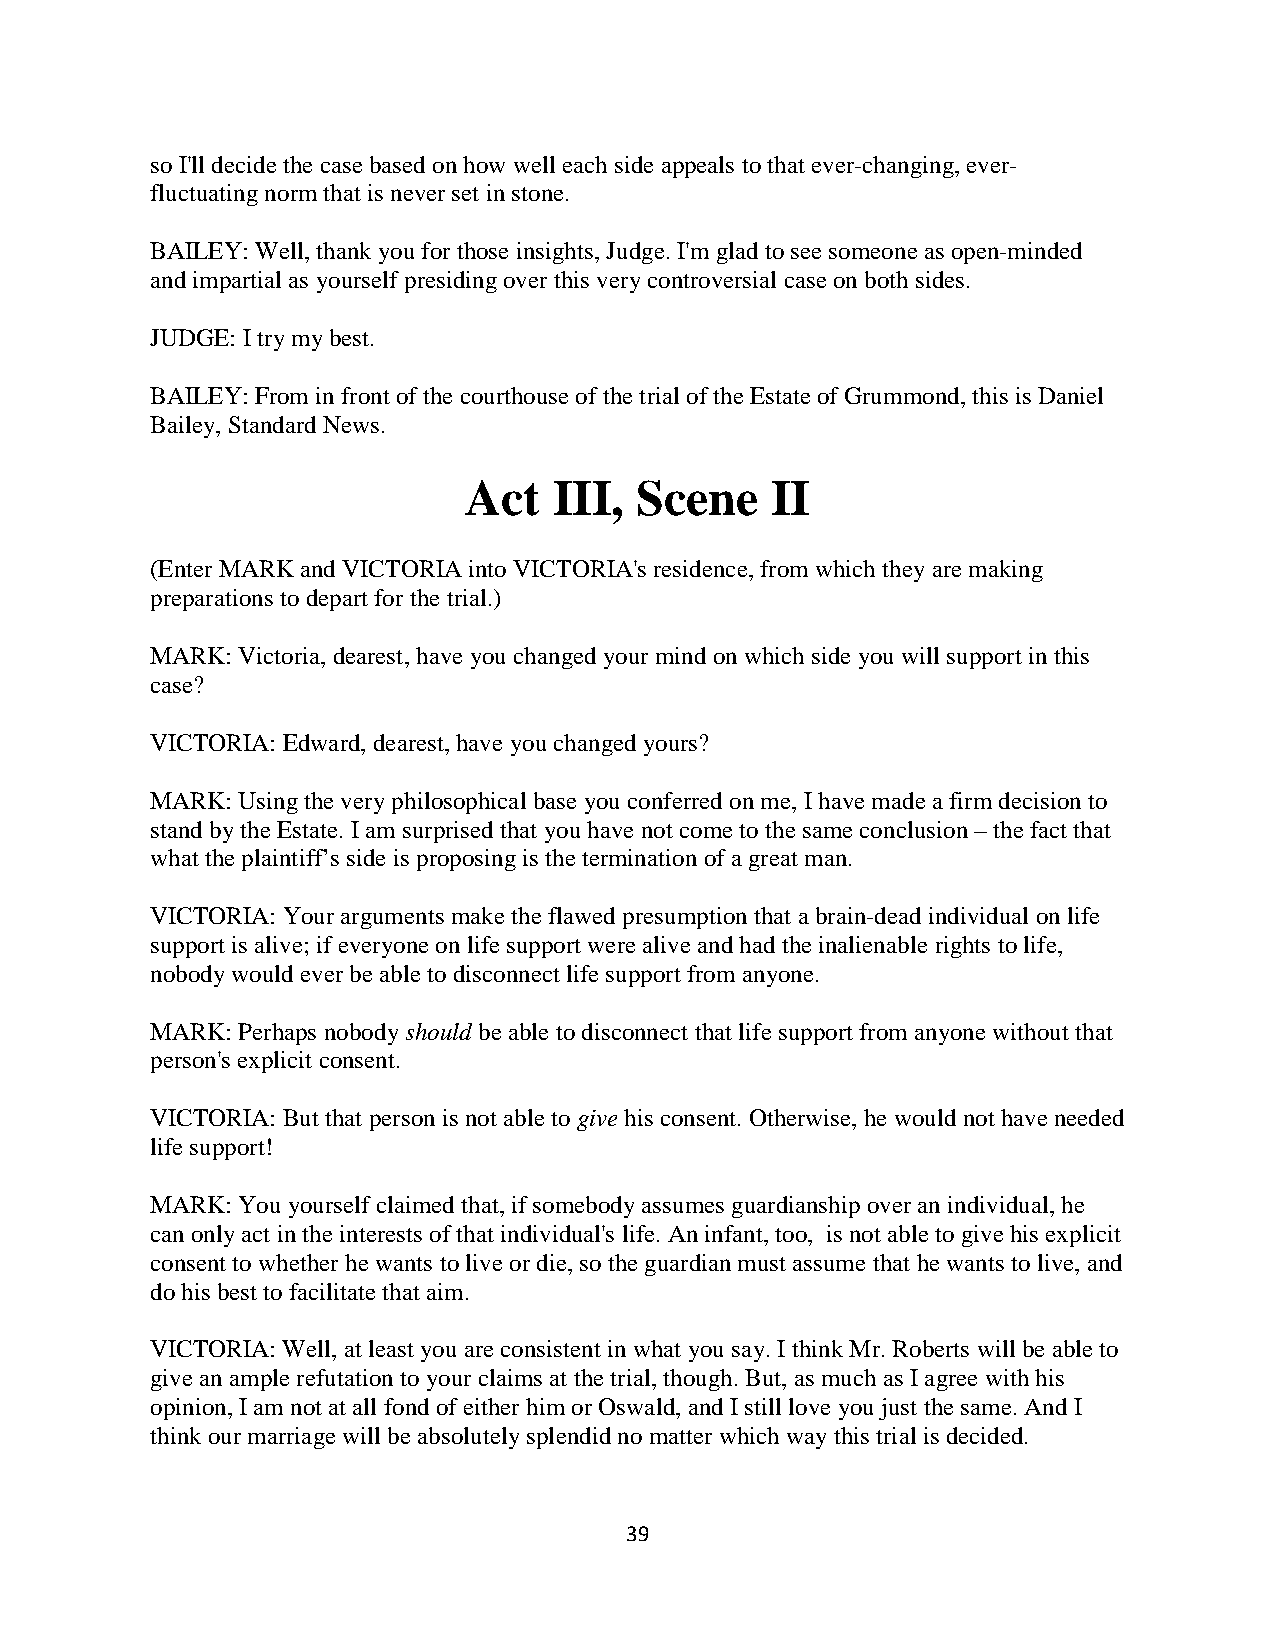
so I'll decide the case based on how well each side appeals to that ever-changing, ever-
 fluctuating norm that is never set in stone.
 BAILEY: Well, thank you for those insights, Judge. I'm glad to see someone as open-minded
 and impartial as yourself presiding over this very controversial case on both sides.
 JUDGE: I try my best.
 BAILEY: From in front of the courthouse of the trial of the Estate of Grummond, this is Daniel
 Bailey, Standard News.
 Act   III, Scene    II
 (Enter MARK and VICTORIA into VICTORIA's residence, from which they are making
 preparations to depart for the trial.)
 MARK: Victoria, dearest, have you changed your mind on which side you will support in this
 case?
 VICTORIA: Edward, dearest, have you changed yours?
 MARK: Using the very philosophical base you conferred on me, I have made a firm decision to
 stand by the Estate. I am surprised that you have not come to the same conclusion – the fact that
 what the plaintiff’s side is proposing is the termination of a great man.
 VICTORIA: Your arguments make the flawed presumption that a brain-dead individual on life
 support is alive; if everyone on life support were alive and had the inalienable rights to life,
 nobody would ever be able to disconnect life support from anyone.
 MARK: Perhaps nobody should be able to disconnect that life support from anyone without that
 person's explicit consent.
 VICTORIA: But that person is not able to give his consent. Otherwise, he would not have needed
 life support!
 MARK: You yourself claimed that, if somebody assumes guardianship over an individual, he
 can only act in the interests of that individual's life. An infant, too, is not able to give his explicit
 consent to whether he wants to live or die, so the guardian must assume that he wants to live, and
 do his best to facilitate that aim.
 VICTORIA: Well, at least you are consistent in what you say. I think Mr. Roberts will be able to
 give an ample refutation to your claims at the trial, though. But, as much as I agree with his
 opinion, I am not at all fond of either him or Oswald, and I still love you just the same. And I
 think our marriage will be absolutely splendid no matter which way this trial is decided.
 39